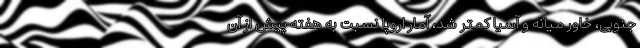
جنوبی، خاور میانه و آسیا کمتر شد، آمار اروپا نسبت به هفته پیش از آن